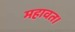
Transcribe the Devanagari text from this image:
महावत।